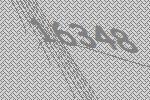
16348